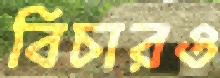
বিচারও